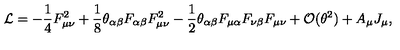
{ \cal L } = - \frac 1 4 F _ { \mu \nu } ^ { 2 } + \frac 1 8 \theta _ { \alpha \beta } F _ { \alpha \beta } F _ { \mu \nu } ^ { 2 } - \frac 1 2 \theta _ { \alpha \beta } F _ { \mu \alpha } F _ { \nu \beta } F _ { \mu \nu } + { \cal O } ( \theta ^ { 2 } ) + A _ { \mu } J _ { \mu } ,